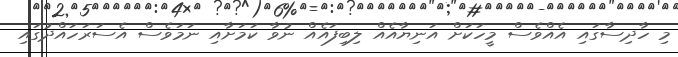
މި ހާދިސާގައި އެއްވެސް މީހަކަށް އަނިޔާއެއް ލިބިފައެއް ނުވާ ކަމަށާއި ނަމަވެސް އެސަރަހައްދުގައި